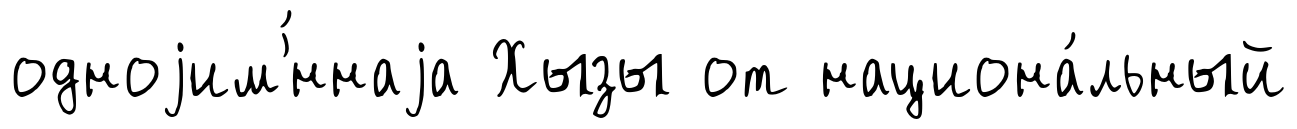
одноjим'́ннаjа Хызы от национа́льный